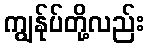
ကျွန်ုပ်တို့လည်း